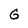
Character: 6